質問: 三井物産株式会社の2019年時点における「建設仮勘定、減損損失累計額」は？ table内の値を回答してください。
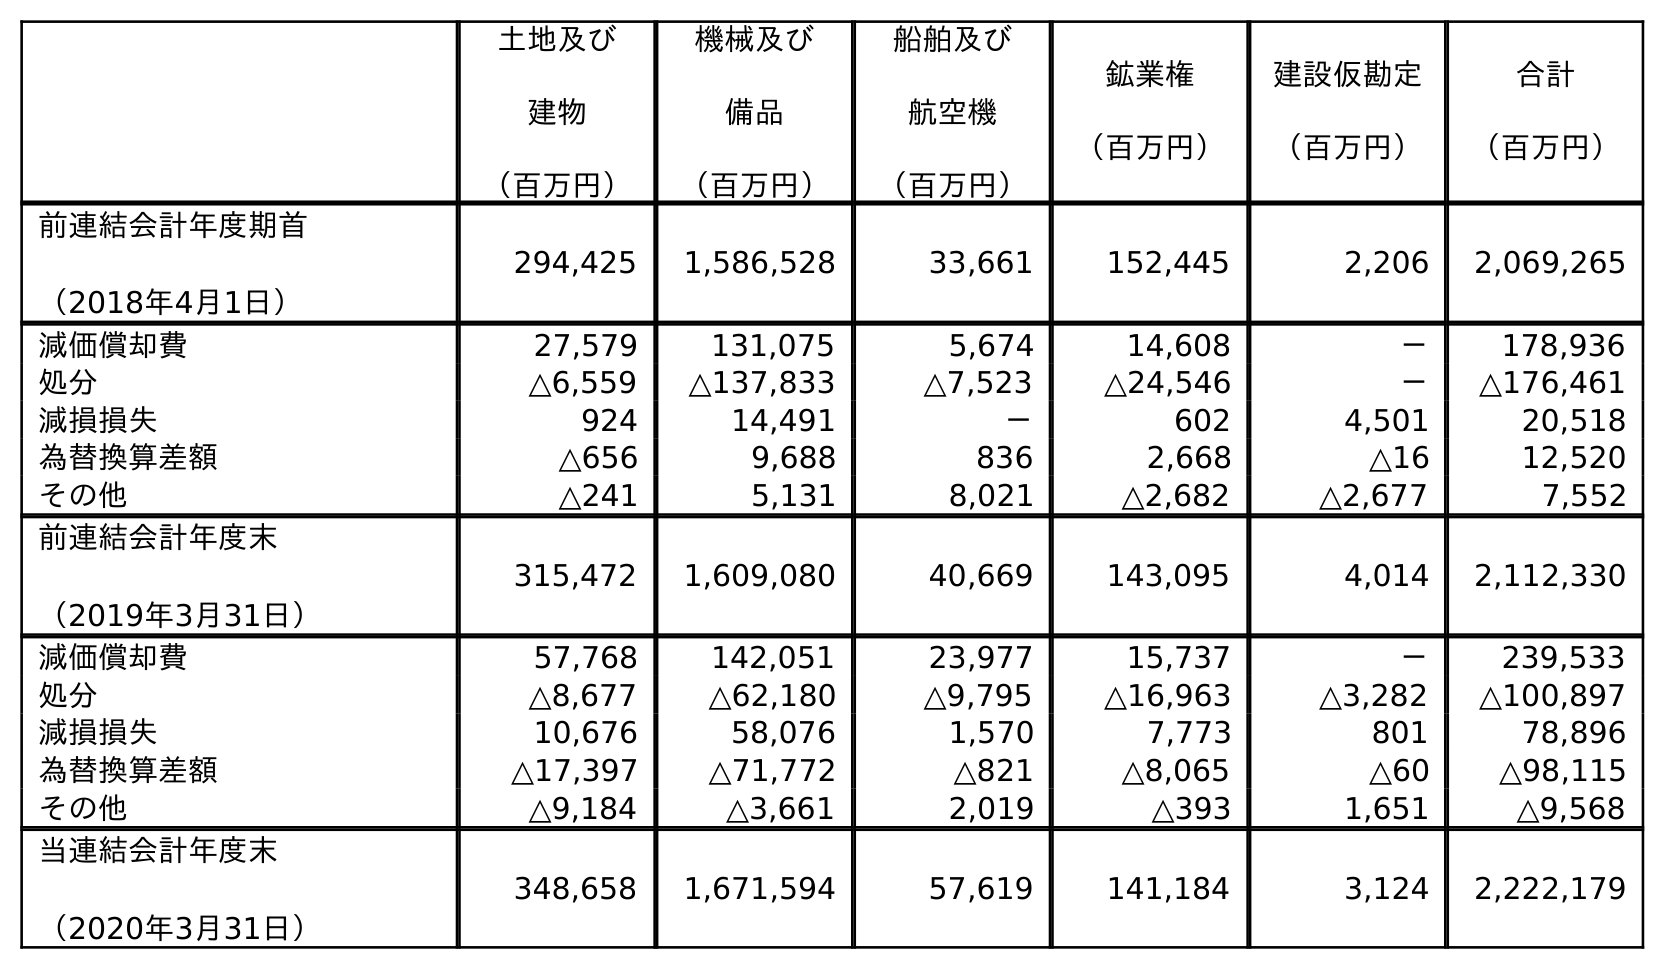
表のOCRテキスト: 土地及び 建物 （百万円） 機械及び 備品 （百万円） 船舶及び 航空機 （百万円） 鉱業権 （百万円） 建設仮勘定 （百万円） 合計 （百万円） 前連結会計年度期首 （2018年4月1日） 294,425 1,586,528 33,661 152,445 2,206 2,069,265 減価償却費 27,579 131,075 5,674 14,608 － 178,936 処分 △6,559 △137,833 △7,523 △24,546 － △176,461 減損損失 924 14,491 － 602 4,501 20,518 為替換算差額 △656 9,688 836 2,668 △16 12,520 その他 △241 5,131 8,021 △2,682 △2,677 7,552 前連結会計年度末 （2019年3月31日） 315,472 1,609,080 40,669 143,095 4,014 2,112,330 減価償却費 57,768 142,051 23,977 15,737 － 239,533 処分 △8,677 △62,180 △9,795 △16,963 △3,282 △100,897 減損損失 10,676 58,076 1,570 7,773 801 78,896 為替換算差額 △17,397 △71,772 △821 △8,065 △60 △98,115 その他 △9,184 △3,661 2,019 △393 1,651 △9,568 当連結会計年度末 （2020年3月31日） 348,658 1,671,594 57,619 141,184 3,124 2,222,179
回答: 4,014